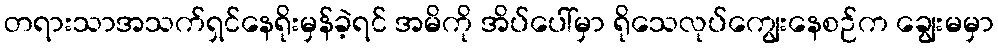
တရားသာအသက်ရှင်နေရိုးမှန်ခဲ့ရင် အမိကို အိပ်ပေါ်မှာ ရိုသေလုပ်ကျွေးနေစဉ်က ချွေးမမှာ